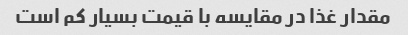
مقدار غذا در مقایسه با قیمت بسیار کم است